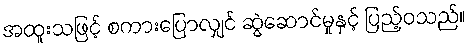
အထူးသဖြင့် စကားပြောလျှင် ဆွဲဆောင်မှုနှင့် ပြည့်ဝသည်။